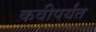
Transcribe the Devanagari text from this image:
कवीपर्यंत